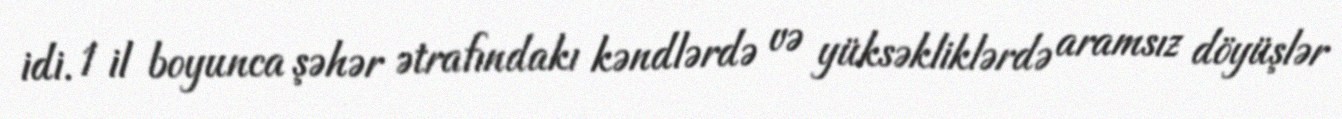
idi. 1 il boyunca şəhər ətrafındakı kəndlərdə və yüksəkliklərdə aramsız döyüşlər